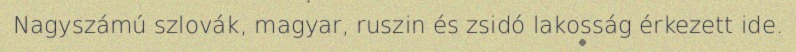
Nagyszámú szlovák, magyar, ruszin és zsidó lakosság érkezett ide.